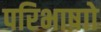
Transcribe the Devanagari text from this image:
परिभाषाो